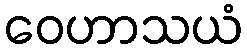
ဝေဟာသယံ